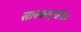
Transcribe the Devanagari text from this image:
सास्काट्चीवन